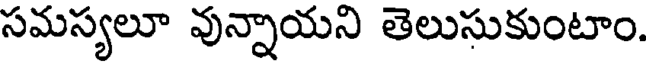
సమస్యలూ వున్నాయని తెలుసుకుంటాం.